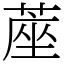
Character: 蓙